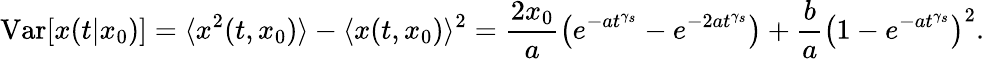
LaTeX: \mathrm{Var}[x(t|x_{0})]=\langle x^{2}(t,x_{0})\rangle-\langle x(t,x_{0})\rangle^{2}=\frac{2x_{0}}{a}\left(e^{-at^{\gamma_{s}}}-e^{-2at^{\gamma_{s}}}\right)+\frac{b}{a}\left(1-e^{-at^{\gamma_{s}}}\right)^{2}.